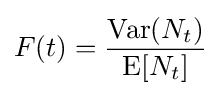
F(t)={\frac {\operatorname {Var} (N_{t})}{\operatorname {E} [N_{t}]}}